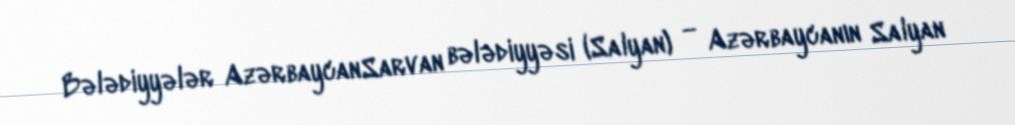
Bələdiyyələr AzərbaycanSarvan bələdiyyəsi (Salyan) — Azərbaycanın Salyan